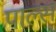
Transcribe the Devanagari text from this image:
पाल्स